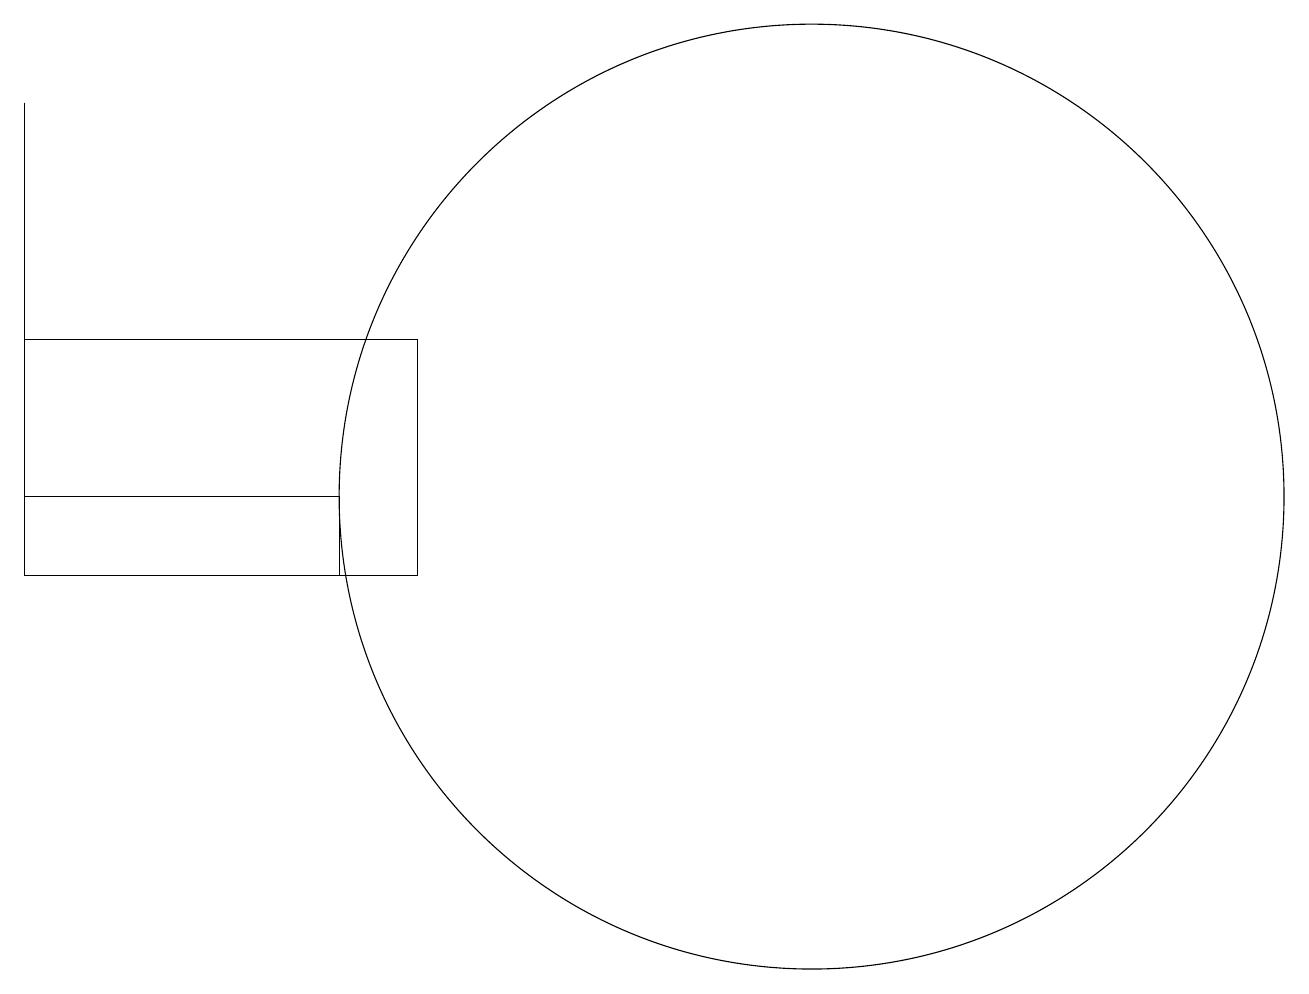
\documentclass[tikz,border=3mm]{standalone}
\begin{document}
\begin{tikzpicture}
\draw (7,11) rectangle (2,14);
\draw (2,11) rectangle (6,12);
\draw (12,12) circle (6);
\draw (2,17) rectangle (2,14);
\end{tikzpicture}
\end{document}